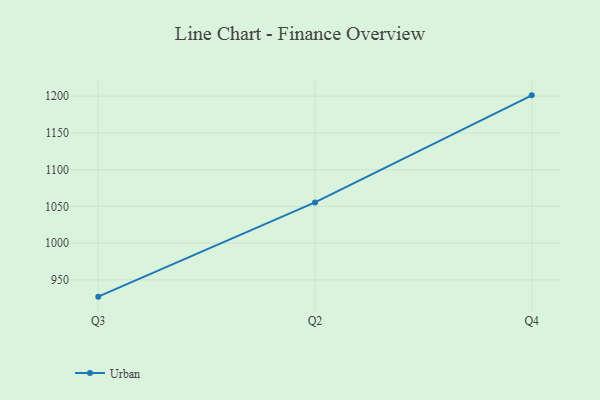
{"axis": {"x": "Quarter", "y": "Population (Million)"}, "legend": ["Urban"], "data": [{"x": "Q3", "y": 927.2, "type": "Urban"}, {"x": "Q2", "y": 1055.4, "type": "Urban"}, {"x": "Q4", "y": 1201.1, "type": "Urban"}]}